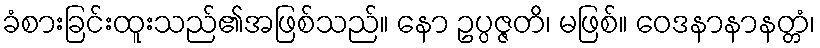
ခံစားခြင်းထူးသည်၏အဖြစ်သည်။ နော ဥပ္ပဇ္ဇတိ၊ မဖြစ်။ ဝေဒနာနာနတ္တံ၊